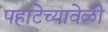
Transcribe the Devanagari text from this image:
पहाटेच्यावेळी